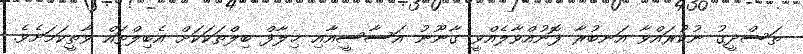
ތަސްދީގު ނުކުރައްވާ އަނބުރާ ފޮނުއްވާލެއްވީ ގާނޫނު އަސާސީއާއި ޚިލާފް ބިލްތަކަކަށް އެބިލްތައް ވާތީކަމަށެވެ.